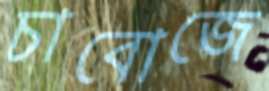
চাবোজে